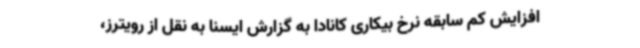
افزایش کم سابقه نرخ بیکاری کانادا به گزارش ایسنا به نقل از رویترز،